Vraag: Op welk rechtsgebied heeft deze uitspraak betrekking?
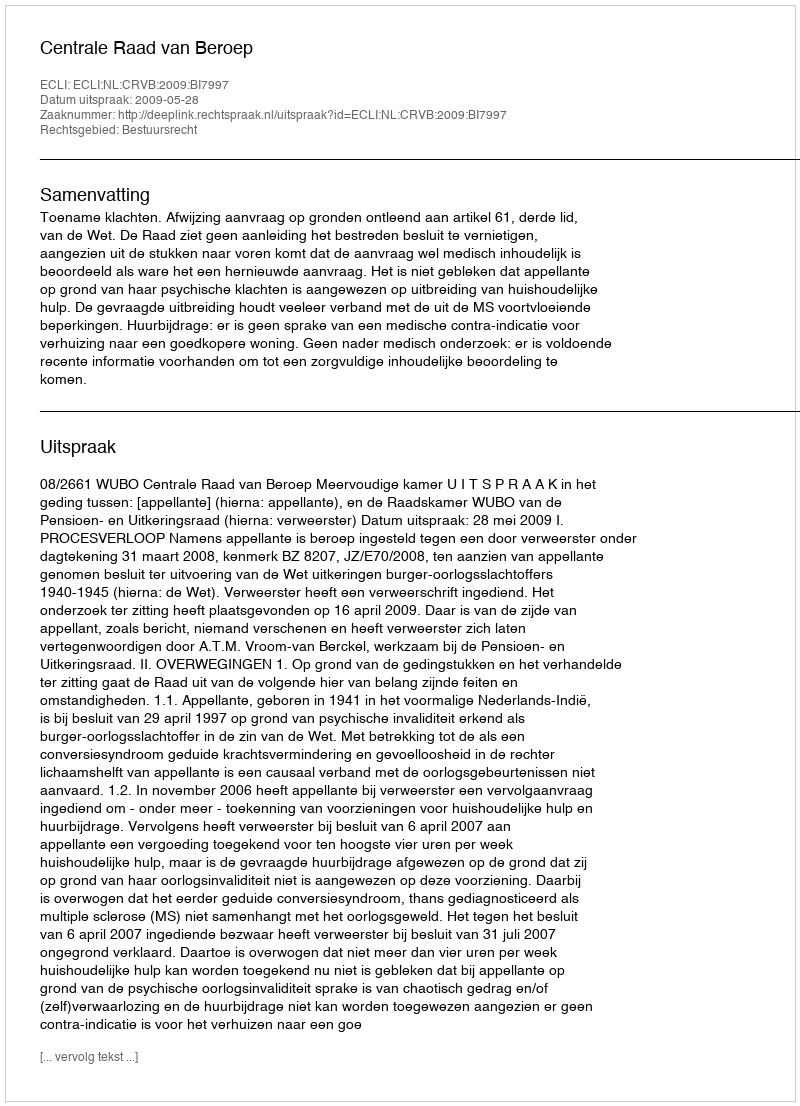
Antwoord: Bestuursrecht